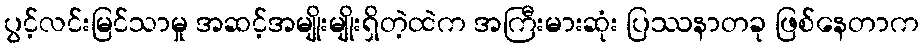
ပွင့်လင်းမြင်သာမှု အဆင့်အမျိုးမျိုးရှိတဲ့ထဲက အကြီးမားဆုံး ပြဿနာတခု ဖြစ်နေတာက